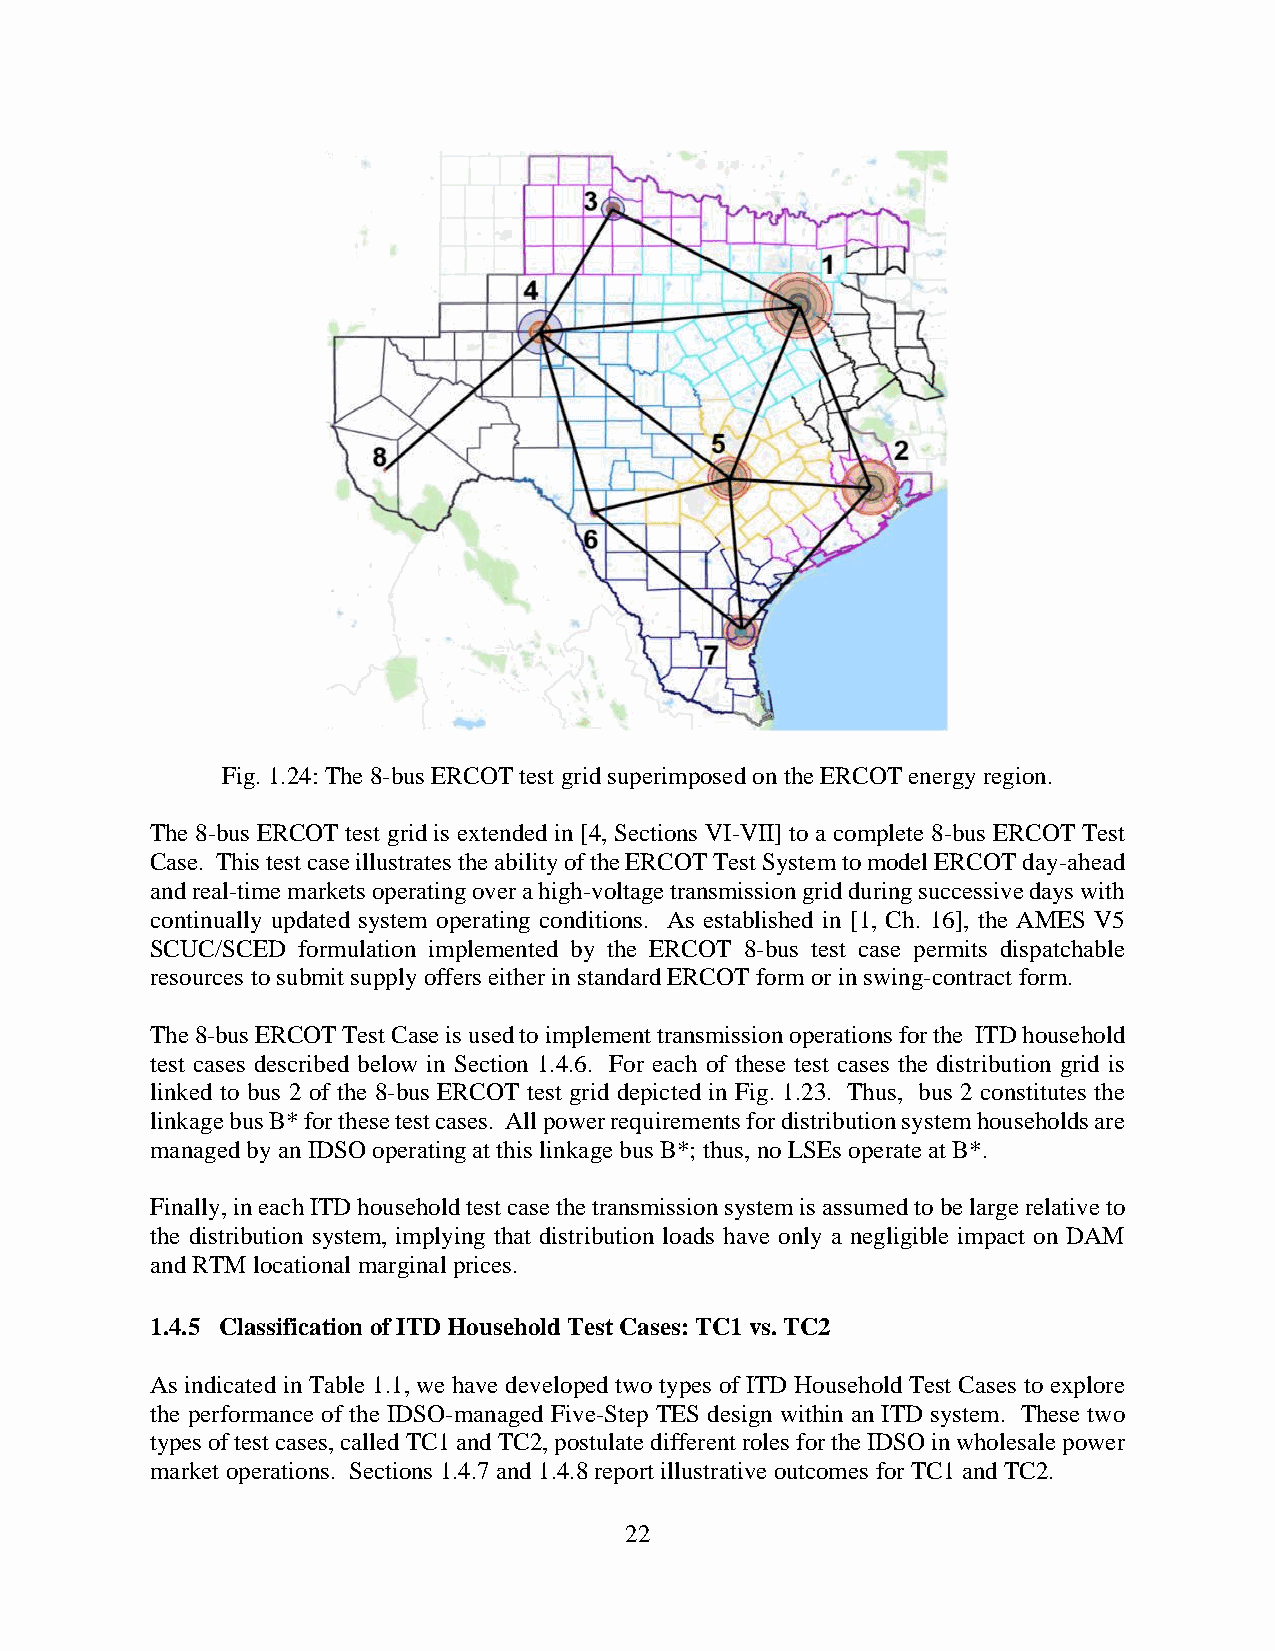
Fig. 1.24: The 8-bus ERCOT test grid superimposed on the ERCOT energy region.
 The 8-bus ERCOT test grid is extended in [4, Sections VI-VII] to a complete 8-bus ERCOT Test
 Case. This test case illustrates the ability of the ERCOT Test System to model ERCOT day-ahead
 and real-time markets operating over a high-voltage transmission grid during successive days with
 continually updated system operating conditions. As established in [1, Ch. 16], the AMES V5
 SCUC/SCED formulation implemented by the ERCOT 8-bus test case permits dispatchable
 resources to submit supply offers either in standard ERCOT form or in swing-contract form.
 The 8-bus ERCOT Test Case is used to implement transmission operations for the ITD household
 test cases described below in Section 1.4.6. For each of these test cases the distribution grid is
 linked to bus 2 of the 8-bus ERCOT test grid depicted in Fig. 1.23. Thus, bus 2 constitutes the
 linkage bus B* for these test cases. All power requirements for distribution system households are
 managed by an IDSO operating at this linkage bus B*; thus, no LSEs operate at B*.
 Finally, in each ITD household test case the transmission system is assumed to be large relative to
 the distribution system, implying that distribution loads have only a negligible impact on DAM
 and RTM locational marginal prices.
 1.4.5 Classification of ITD Household Test Cases: TC1 vs. TC2
 As indicated in Table 1.1, we have developed two types of ITD Household Test Cases to explore
 the performance of the IDSO-managed Five-Step TES design within an ITD system. These two
 types of test cases, called TC1 and TC2, postulate different roles for the IDSO in wholesale power
 market operations. Sections 1.4.7 and 1.4.8 report illustrative outcomes for TC1 and TC2.
 22